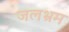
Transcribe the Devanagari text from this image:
जलभ्रम